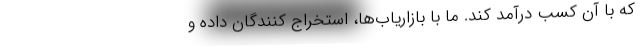
که با آن کسب درآمد کند. ما با بازاریاب‌ها، استخراج کنندگان داده و